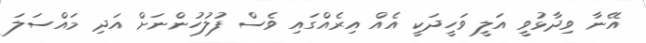
އޭނާ ވިދާޅުވީ އަލީ ވަހީދަކީ އެއް އިރެއްގައި ވެސް ފުލުހުންނަށް އަދި މައްސަލަ